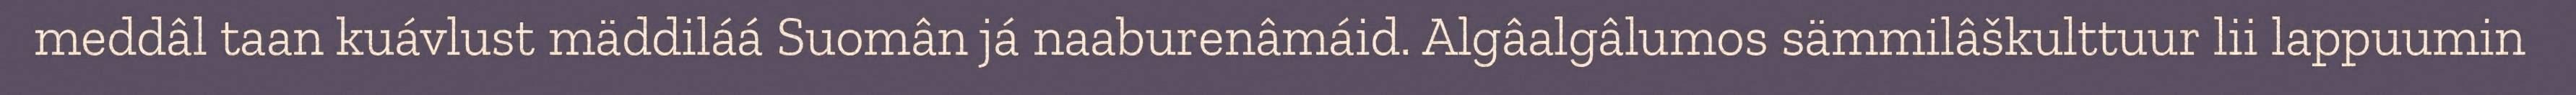
meddâl taan kuávlust mäddiláá Suomân já naaburenâmáid. Algâalgâlumos sämmilâškulttuur lii lappuumin